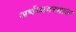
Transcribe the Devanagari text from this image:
अर्थव्यवस्थाल